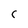
Character: C